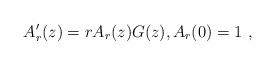
LaTeX: \begin{align*}A'_r(z) = r A_r(z)G(z), A_r(0)=1\ ,\end{align*}